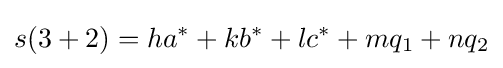
s(3+2)=ha^{*}+kb^{*}+lc^{*}+mq_{1}+nq_{2}